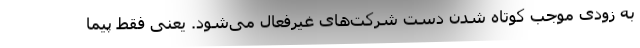
به زودی موجب کوتاه شدن دست شرکت‌های غیرفعال می‌شود. یعنی فقط پیما